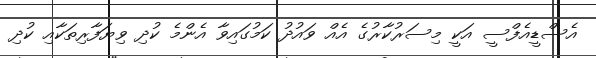
އެސްޑީއެފްސީ އަކީ މިސަރުކާރުގެ އެއް ވައުދު ކަމުގައިވާ އެންމެ ކުދި ވިޔަފާރިތަކާއި ކުދި